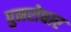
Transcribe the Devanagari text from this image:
पुनरोधार